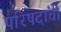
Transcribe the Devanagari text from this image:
परिषदांची